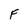
Character: F